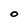
Character: O